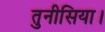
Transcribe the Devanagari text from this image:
तुनीसिया।